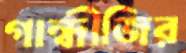
গান্ধীজির